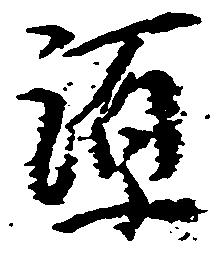
源